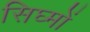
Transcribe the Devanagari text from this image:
सिघ्मों